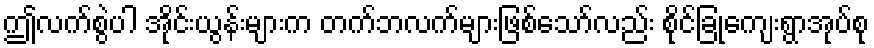
ဤလက်စွဲပါ အိုင်းယွန်းများက တက်ဘလက်များဖြစ်သော်လည်း စိုင်ခြုံကျေးရွာအုပ်စု